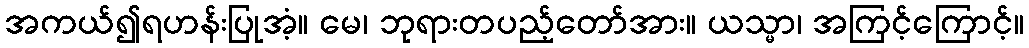
အကယ်၍ရဟန်းပြုအံ့။ မေ၊ ဘုရားတပည့်တော်အား။ ယသ္မာ၊ အကြင့်ကြောင့်။